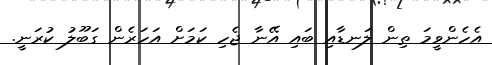
އެހެންވީމަ ތިން ލަނޑާއި ބައި އޭނާ ޖެހި ކަމަށް އަހަރެން ގަބޫލު ކުރަނީ.